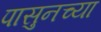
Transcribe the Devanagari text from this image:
पासुनच्या